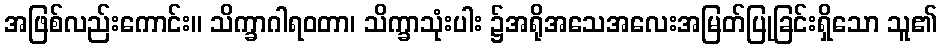
အဖြစ်လည်းကောင်း။ သိက္ခာဂါရဝတာ၊ သိက္ခာသုံးပါး ၌အရိုအသေအလေးအမြတ်ပြုခြင်းရှိသော သူ၏